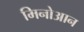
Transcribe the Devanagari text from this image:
मिनोआन